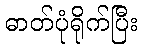
ဓာတ်ပုံရိုက်ပြီး